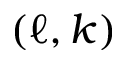
( \ell , k )